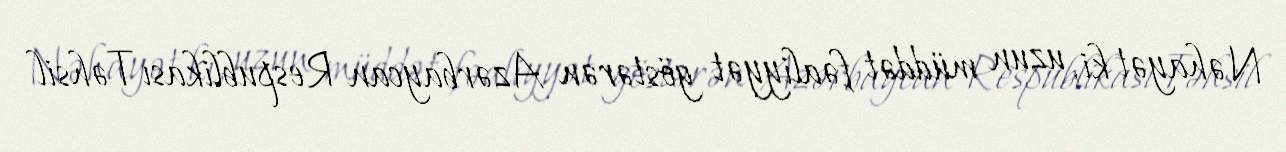
Nəhayət ki, uzun müddət fəaliyyət göstərən Azərbaycan Respublikası Təhsil